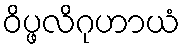
ဝိပ္ဖလိဂုဟာယံ